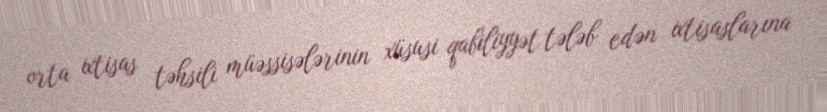
orta ixtisas təhsili müəssisələrinin xüsusi qabiliyyət tələb edən ixtisaslarına